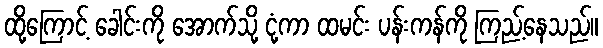
ထို့ကြောင့် ခေါင်းကို အောက်သို့ ငုံ့ကာ ထမင်း ပန်းကန်ကို ကြည့်နေသည်။